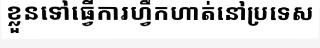
ខ្លួនទៅធ្វើការហ្វឹកហាត់នៅប្រទេស